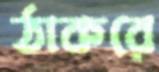
ঠাকরে